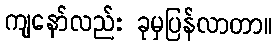
ကျနော်လည်း ခုမှပြန်လာတာ။